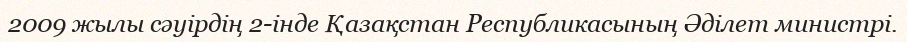
2009 жылы сәуірдің 2-інде Қазақстан Республикасының Әділет министрі.